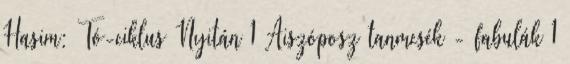
Hasim: Tó-ciklus Nyitán 1 Aiszóposz tanmesék - fabulák 1